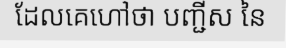
ដែលគេហៅថា បញ្ជីស នៃ